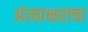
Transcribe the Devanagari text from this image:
अंत्याक्षराचा